Annual report of the Prince of Wales Medical College, Patna
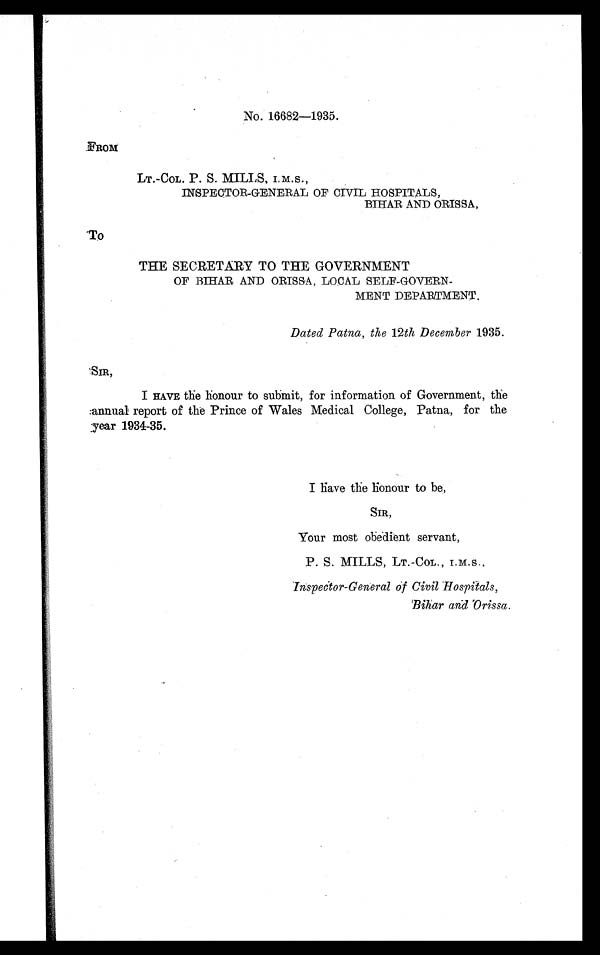
No. 16682—1935.
FROM
LT.-COL. P. S. MILLS, I. M.S.,
INSPECTOR-GENERAL OF CIVIL HOSPITALS,
BIHAR AND ORISSA,
TO
THE SECRETARY TO THE GOVERNMENT
OF BIHAR AND ORISSA, LOCAL SELF-GOVERN
-
MENT DEPARTMENT.
Dated Patna, the 12th December 1935.
S I R
I HAVE the honour to submit, for information of Government, the
annual report of the Prince of Wales Medical College, Patna, for the
year 1934-35.
I have the honour to be,
Your most obedient servant,
P. S. MILLS, LT.-COL., I.M.S.,
Inspector-General of Civil Hospitals,
Bihar and Orissa.